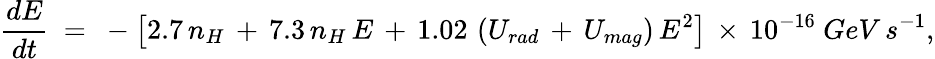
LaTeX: \frac{dE}{dt}\ =\ -\left[2.7\, n_{H}\, +\, 7.3\, n_{H}\, E\, +\, 1.02\, \left(U_{rad}\, +\, U_{mag}\right)\, E^{2}\right]\, \times\, 10^{-16}\ GeV\, s^{-1},